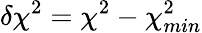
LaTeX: \delta\chi^{2}=\chi^{2}-\chi_{min}^{2}